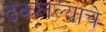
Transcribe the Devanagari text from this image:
ढकलल्याचे